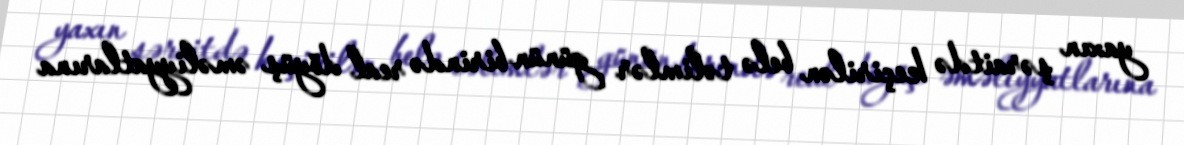
yaxın şəraitdə keçirilən belə təlimlər günün birində real döyüş əməliyyatlarına